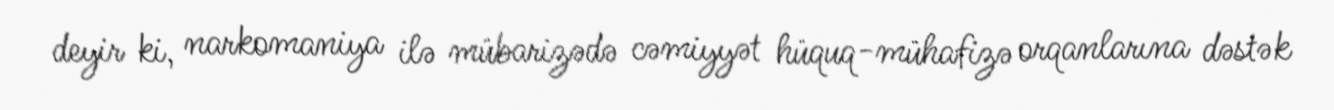
deyir ki, narkomaniya ilə mübarizədə cəmiyyət hüquq-mühafizə orqanlarına dəstək